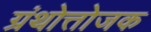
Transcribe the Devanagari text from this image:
ग्रंथोत्तोजक